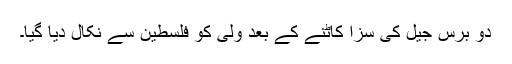
دو برس جیل کی سزا کاٹنے کے بعد ولی کو فلسطین سے نکال دیا گیا۔